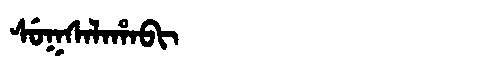
Manchu: ᠰᡠᡴᠰᠠᠯᠠᡥᠠᠪᡳ
Romanization: SUKSALAHABI